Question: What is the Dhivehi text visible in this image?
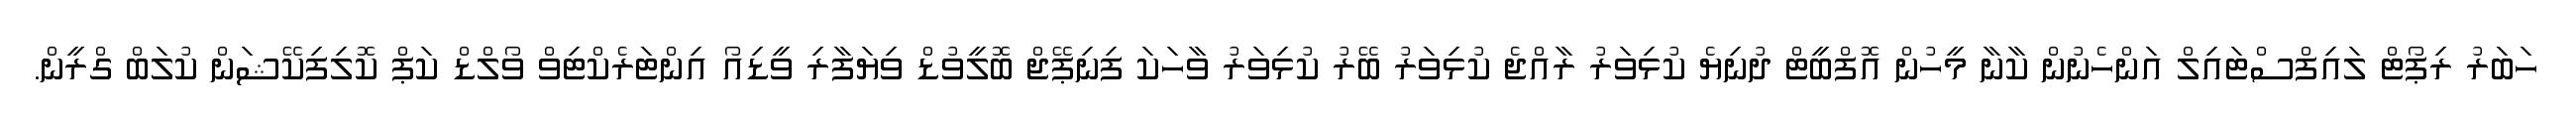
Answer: ހަބަރު ރިޕޯޓް ލައިފްސްޓައިލް އަންހެނުން ކާނާ މީހުން އޮފްބީޓް ދުނިޔެ ކުޅިވަރު ރާއްޖެ ކުޅިވަރު ބޭރު ކުޅިވަރު ވާހަކަ ފިނިޕޭޖް ބޮލީވުޑް ވިޔަފާރި ވީޑިއޯ އިންޓަރެކްޓިވް ވޯލްޑް ކަޕް ކޮލިފިކޭޝަން ކުލަބް ގްރީން.